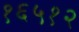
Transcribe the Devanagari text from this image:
१६५१२